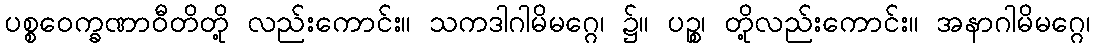
ပစ္စဝေက္ခဏာဝီတိတို့ လည်းကောင်း။ သကဒါဂါမိမဂ္ဂေ၊ ၌။ ပဉ္စ၊ တို့လည်းကောင်း။ အနာဂါမိမဂ္ဂေ၊